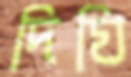
দিঘি